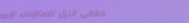
مقهى النيل للاستراحات وال